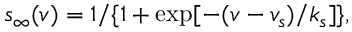
s _ { \infty } ( v ) = 1 / \lbrace 1 + \exp [ - ( v - v _ { s } ) / k _ { s } ] \rbrace ,